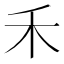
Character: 禾